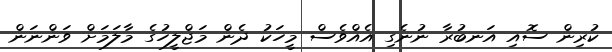
ކުރިން ސޮއި އަނބުރާ ނުނެގި އެއްވެސް މީހަކު ދެން މަޖްލީހުގެ މާލަމަށް ވަންނަން